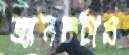
জ্ঞানচর্চায়